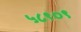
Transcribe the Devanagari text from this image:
५८९०९